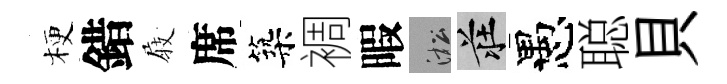
梗錯𡲆席築裯暇淞莊愚聪貝